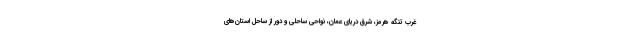
غرب تنگه هرمز، شرق دریای عمان، نواحی ساحلی و دور از ساحل استان‌های